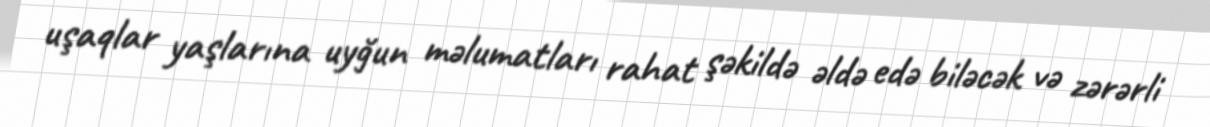
uşaqlar yaşlarına uyğun məlumatları rahat şəkildə əldə edə biləcək və zərərli